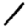
Digit: 1